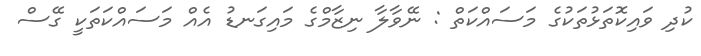
ކުދި ވައިކޮތަޅުތަކުގެ މަސައްކަތް : ނޭވާލާ ނިޒާމްގެ މައިގަނޑު އެއް މަސައްކަތަކީ ގޭސް